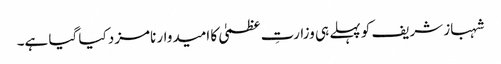
شہباز شریف کو پہلے ہی وزارتِ عظمیٰ کا امیدوار نامزد کیا گیا ہے۔